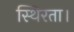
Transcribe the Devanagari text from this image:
स्थिरता।